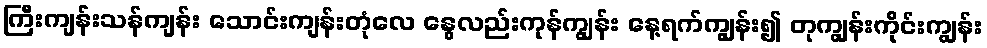
ကြီးကျန်းသန်ကျန်း သောင်းကျန်းတုံလေ နွေလည်းကုန်ကျွန်း နေ့ရက်ကျွန်း၍ တုကျွန်းကိုင်းကျွန်း